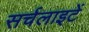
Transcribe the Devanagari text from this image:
सर्चलाइटें